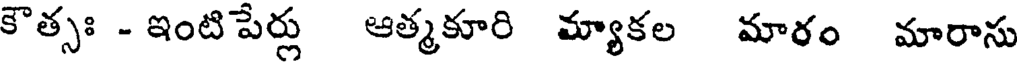
కౌత్సః - ఇంటి పేర్లు ఆత్మకూరి మ్యాకల మారం మారాసు